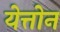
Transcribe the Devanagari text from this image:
येत्तोन